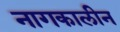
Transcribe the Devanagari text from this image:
नागकालीन